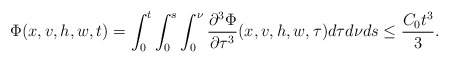
\begin{align*} \Phi(x,v,h,w,t)= \int_{0}^{t}\int_{0}^{s}\int_{0}^{\nu}\frac{\partial^{3}\Phi}{\partial \tau^{3}}(x,v,h,w,\tau) d\tau d\nu ds \leq \frac{C_0 t^{3}}{3}.\end{align*}